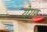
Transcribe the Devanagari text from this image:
येगर